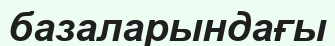
базаларындағы